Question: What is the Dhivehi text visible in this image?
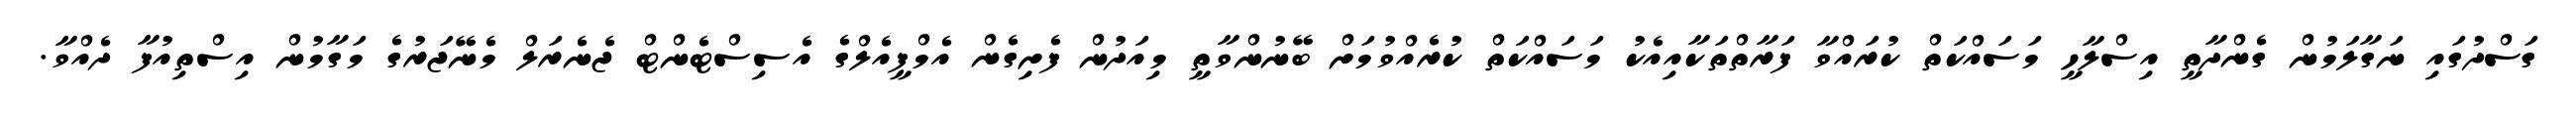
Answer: ގަސްދުގައި ނަގާލަމުން ގެންދާތީ އިސްލާހީ މަސައްކަތް ކުރައްވާ ފަރާތްތަކާއިއެކު މަސައްކަތް ކުރެއްވުމަށް ބޭނުންވާތީ މިއަދުން ފެށިގެން އެމްޕީއެލްގެ އެސިސްޓެންޓް ޖެނެރަލް މެނޭޖަރުގެ މަގާމުން އިސްތިއުފާ ދެއްވާ.